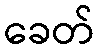
ခေတ်